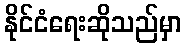
နိုင်ငံရေးဆိုသည်မှာ